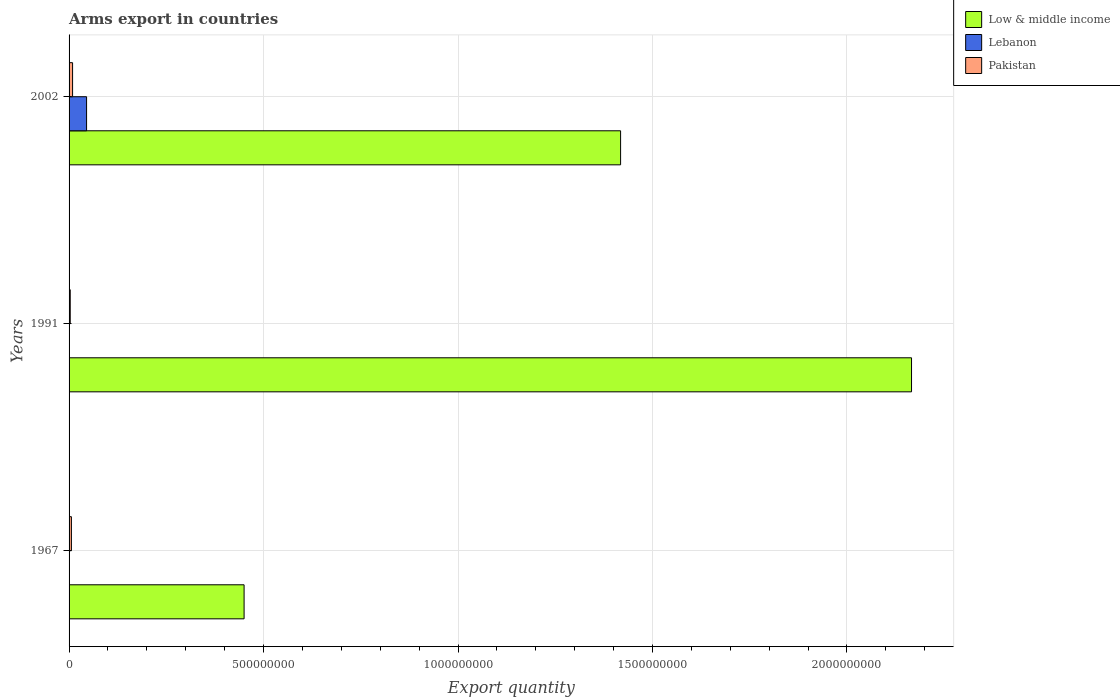
| Years | Low & middle income | Lebanon | Pakistan |
 | --- | --- | --- | --- |
 | 1967 | 4.5e+08 | 1e+06 | 6e+06 |
 | 1991 | 2.17e+09 | 1e+06 | 3e+06 |
 | 2002 | 1.42e+09 | 4.5e+07 | 9e+06 |